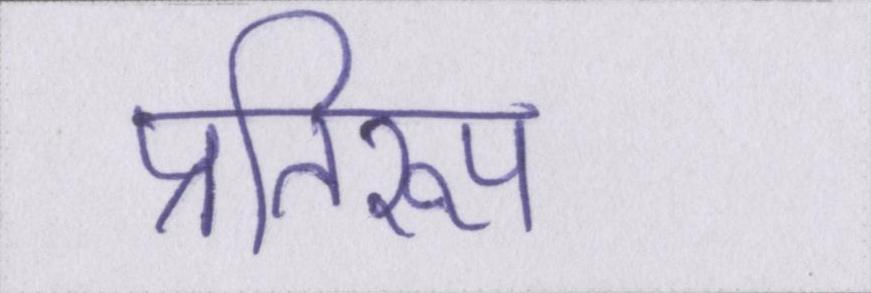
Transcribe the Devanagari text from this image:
प्रतिरूप